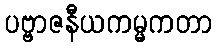
ပဗ္ဗာဇနီယကမ္မကတာ